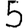
Digit: 5